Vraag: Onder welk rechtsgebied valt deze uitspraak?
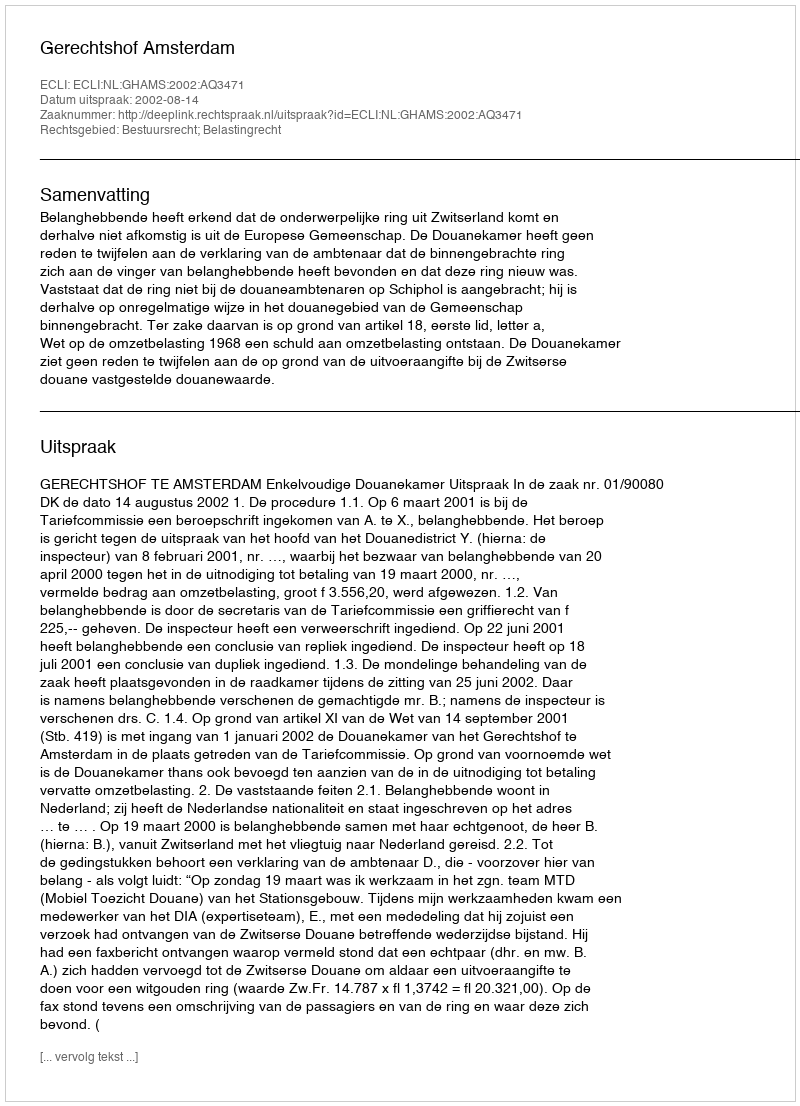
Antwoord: Bestuursrecht; Belastingrecht